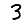
Digit: 3